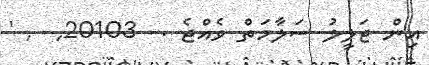
އިން ޖަލީލު ސަލާމަތް ވެއްޖެ .  20103